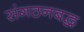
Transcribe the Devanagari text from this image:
संगठनबद्ध